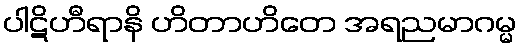
ပါဋိဟီရာနိ ဟိတာဟိတေ အရညမာဂမ္မ